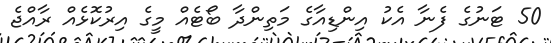
50 ޓަނުގެ ފެނާ އެކު އިންޑިއާގެ މަތިންދާ ބޯޓެއް މީގެ އިރުކޮޅެއް ރާއްޖެ